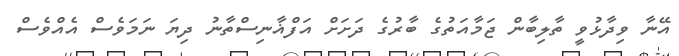
އޭނާ ވިދާޅުވީ ތާލިބާން ޖަމާއަތުގެ ބާރުގެ ދަށަށް އަފްޣާނިސްތާނު ދިޔަ ނަމަވެސް އެއްވެސް